Report on vaccination North-West Frontier Province 1904-1922 - 1904-1922
Year: 1904
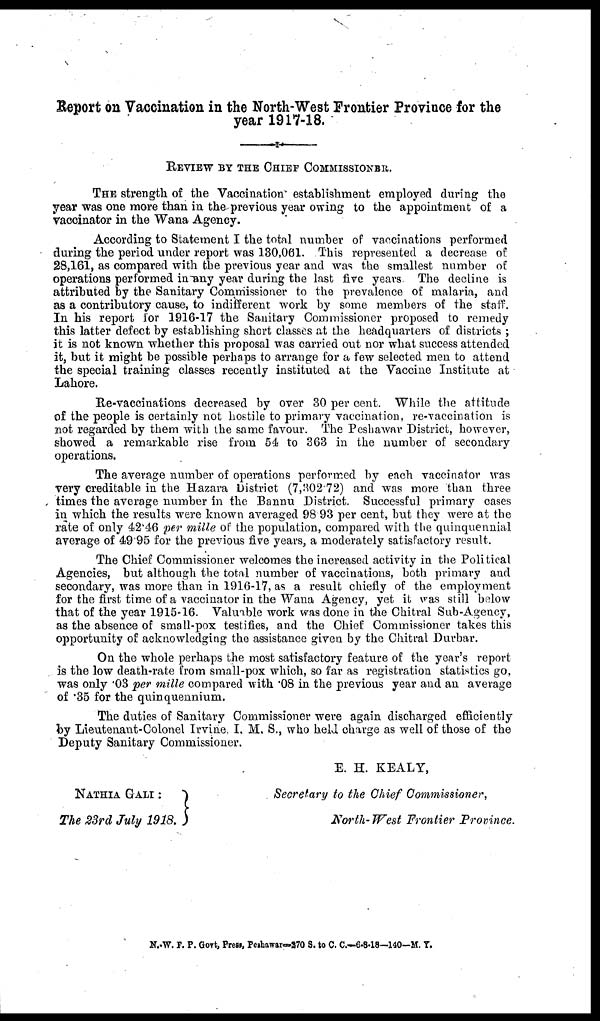
Report on Vaccination in the North-West Frontier Province for the
year 1917-18.
REVIEW BY THE CHIEF COMMISSIONER.
THE strength of the Vaccination establishment employed during the
year was one more than in the previous year owing to the appointment of a
vaccinator in the Wana Agency.
According to Statement I the total number of vaccinations performed
during the period under report was 130,061. This represented a decrease of
28,161, as compared with the previous year and was the smallest number of
operations performed in any year during the last five years The decline is
attributed by the Sanitary Commissioner to the prevalence of malaria, and
as a contributory cause, to indifferent work by some members of the staff.
In his report for 1916-17 the Sanitary Commissioner proposed to remedy
this latter defect by establishing short classes at the headquarters of districts ;
it is not known whether this proposal was carried out nor what success attended
it, but it might be possible perhaps to arrange for a few selected men to attend
the special training classes recently instituted at the Vaccine Institute at
Lahore.
Re-vaccinations decreased by over 30 per cent. While the attitude
of the people is certainly not hostile to primary vaccination, re-vaccination is
not regarded by them with the same favour. The Peshawar District, however,
showed a remarkable rise from 54 to 363 in the number of secondary
operations.
The average number of operations performed by each vaccinator was
very creditable in the Hazara District (7,302.72) and was more than three
times the average number in the Bannu District. Successful primary cases
in which the results were known averaged 98.93 per cent, but they were at the
rate of only 42.46 per mille of the population, compared with the quinquennial
average of 49.95 for the previous five years, a moderately satisfactory result.
The Chief Commissioner welcomes the increased activity in the Political
Agencies, but although the total number of vaccinations, both primary and
secondary, was more than in 1916-17, as a result chiefly of the employment
for the first time of a vaccinator in the Wana Agency, yet it was still below
that of the year 1915-16. Valuable work was done in the Chitral Sub-Agency,
as the absence of small-pox testifies, and the Chief Commissioner takes this
opportunity of acknowledging the assistance given by the Chitral Durbar.
On the whole perhaps the most satisfactory feature of the year's report
is the low death-rate from small-pox which, so far as registration statistics go,
was only .03 per mille compared with .08 in the previous year and an average
of .35 for the quinquennium.
The duties of Sanitary Commissioner were again discharged efficiently
by Lieutenant-Colonel Irvine, I. M. S., who held charge as well of those of the
Deputy Sanitary Commissioner.
NATHIA GALI :
The 23rd July 1918.
E. H. KEALY,
Secretary to the Chief Commissioner,
North- West Frontier Province.
N.-W. F. P. Govt, Press, Peshawar—270 S. to C. C—6-8-18—140—M. Y.